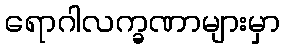
ရောဂါလက္ခဏာများမှာ